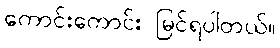
ကောင်းကောင်း မြင်ရပါတယ်။